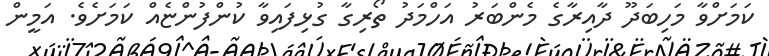
ކަމަށްވާ މަހިބަދޫ ދާއިރާގެ މެންބަރު އަހްމަދު ތޯރިގާ ގުޅިފައިވާ ކުންފުންޏެއް ކަމަށެވެ. އަމީން